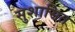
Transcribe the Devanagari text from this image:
सुशासित